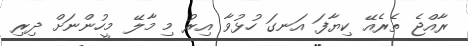
ރާއްޖެ ތެރެއޭ ކިޔާފަ އަނގަ ހުޅުވާ އިރު މި މާލޭ މީހުންނަށް ދިރި